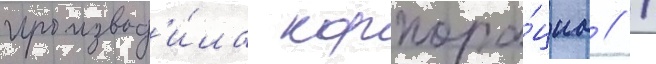
производ'и́ла корпора́циа // /